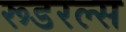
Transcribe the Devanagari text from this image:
रूडरल्स